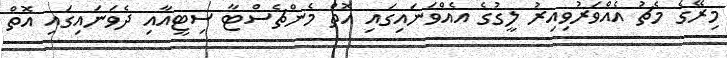
މިރޭގެ މެޗު އެއްވަރުވިއިރު ލީގުގެ އެއްވަނައިގައި އޮތް މެންޗެސްޓާ ސިޓީއާއި ދެވަނައިގައި އޮތް